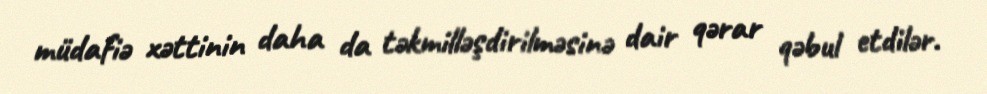
müdafiə xəttinin daha da təkmilləşdirilməsinə dair qərar qəbul etdilər.